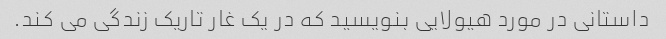
داستانی در مورد هیولایی بنویسید که در یک غار تاریک زندگی می کند.